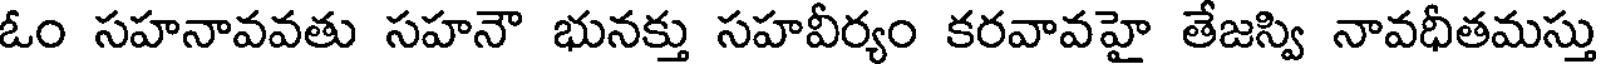
ఓం సహనావవతు సహనౌ భునక్తు సహవీర్యం కరవావహై తేజస్వి నావధీతమస్తు